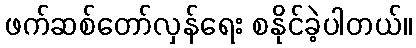
ဖက်ဆစ်တော်လှန်ရေး စနိုင်ခဲ့ပါတယ်။